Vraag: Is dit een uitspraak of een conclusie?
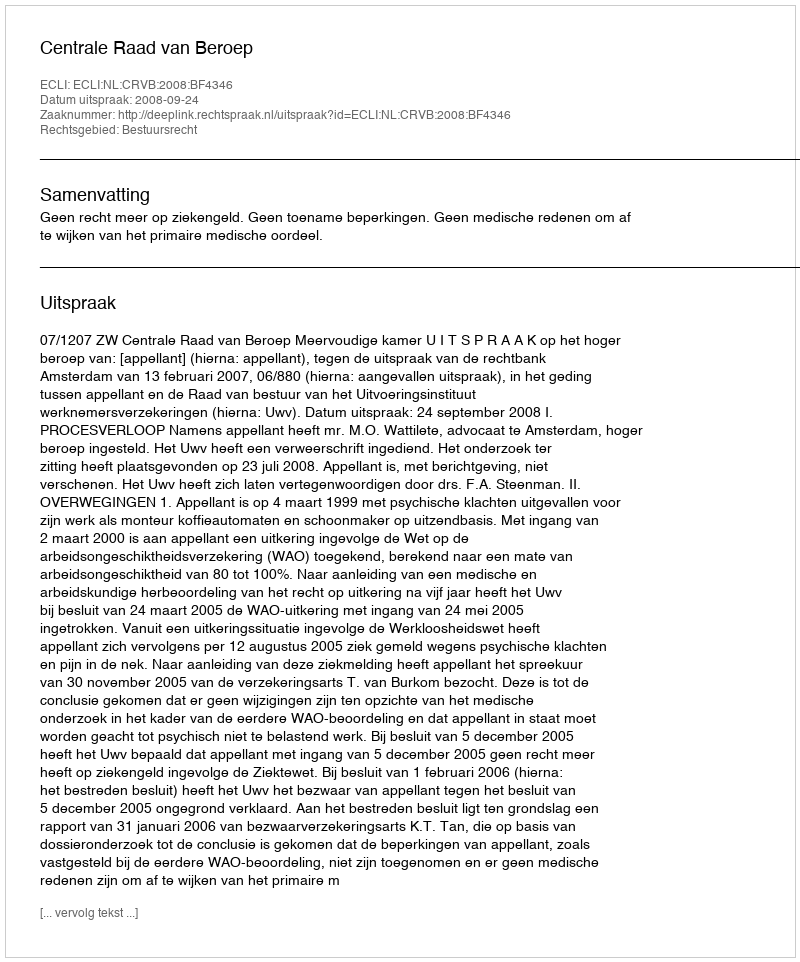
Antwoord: Uitspraak